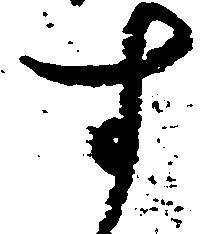
す